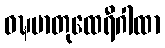
ဝဍ္ဎမာတုထေရီဂါထာ